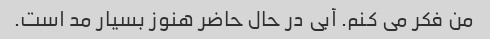
من فکر می کنم. آبی در حال حاضر هنوز بسیار مد است.